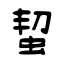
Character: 蛪